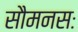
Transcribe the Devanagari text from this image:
सौमनसः